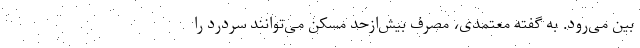
بین می‌رود. به گفته معتمدی، مصرف بیش‌ازحد مسکن می‌توانند سردرد را